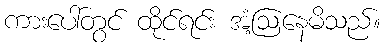
ကားပေါ်တွင် ထိုင်ရင်း အံ့ဩနေမိသည်။